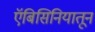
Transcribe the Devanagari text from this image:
ऍबिसिनियातून